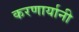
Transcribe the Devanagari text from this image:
करणार्यानी